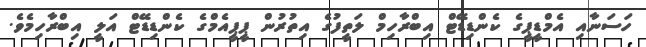
ހަސަނާއި އެމްޑީޕީގެ ކެންޑިޑޭޓް އިބްރާހިމް ލަތީފުގެ އިތުރުން ޕީޕީއެމްގެ ކެންޑިޑޭޓް އަލީ އިބްރާހިމެވެ.